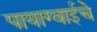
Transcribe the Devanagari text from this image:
पायाग्वाईचे